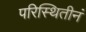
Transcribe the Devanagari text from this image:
परिस्थितीनं